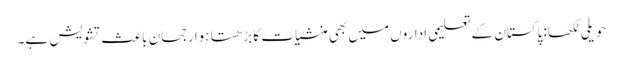
حویلی لکھا: پاکستان کے تعلیمی اداروں میں بھی منشیات کا بڑھتا ہوا رجحان باعثِ تشویش ہے۔